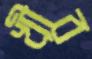
খীর